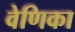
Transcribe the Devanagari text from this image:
वेणिका